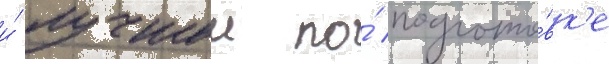
и́ лучшеи по́ подгото́вк'е